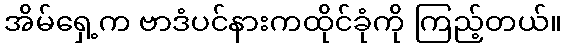
အိမ်ရှေ့က ဗာဒံပင်နားကထိုင်ခုံကို ကြည့်တယ်။